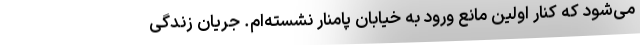
می‌شود که کنار اولین مانع ورود به خیابان پامنار نشسته‌ام. جریان زندگی